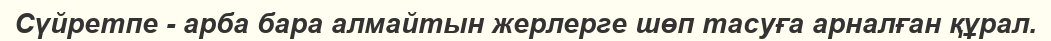
Сүйретпе - арба бара алмайтын жерлерге шөп тасуға арналған құрал.